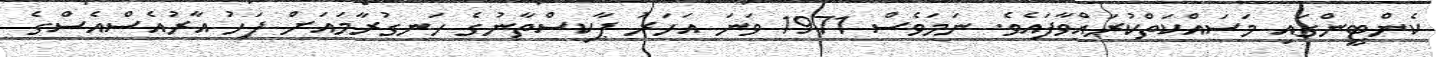
ކެންޓީންގައި މަސައްކަތްކުރައްވާފައެވެ. ނަމަވެސް 1971 ވަނަ އަހަރު ޕާކިސްތާނުގެ ހަނގުރާމައަށް ފަހު އާރުއެސްއެސްގެ